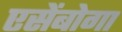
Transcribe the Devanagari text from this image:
एसेंबोगा